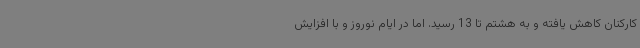
کارکنان کاهش یافته و به هشتم تا 13 رسید. اما در ایام نوروز و با افزایش